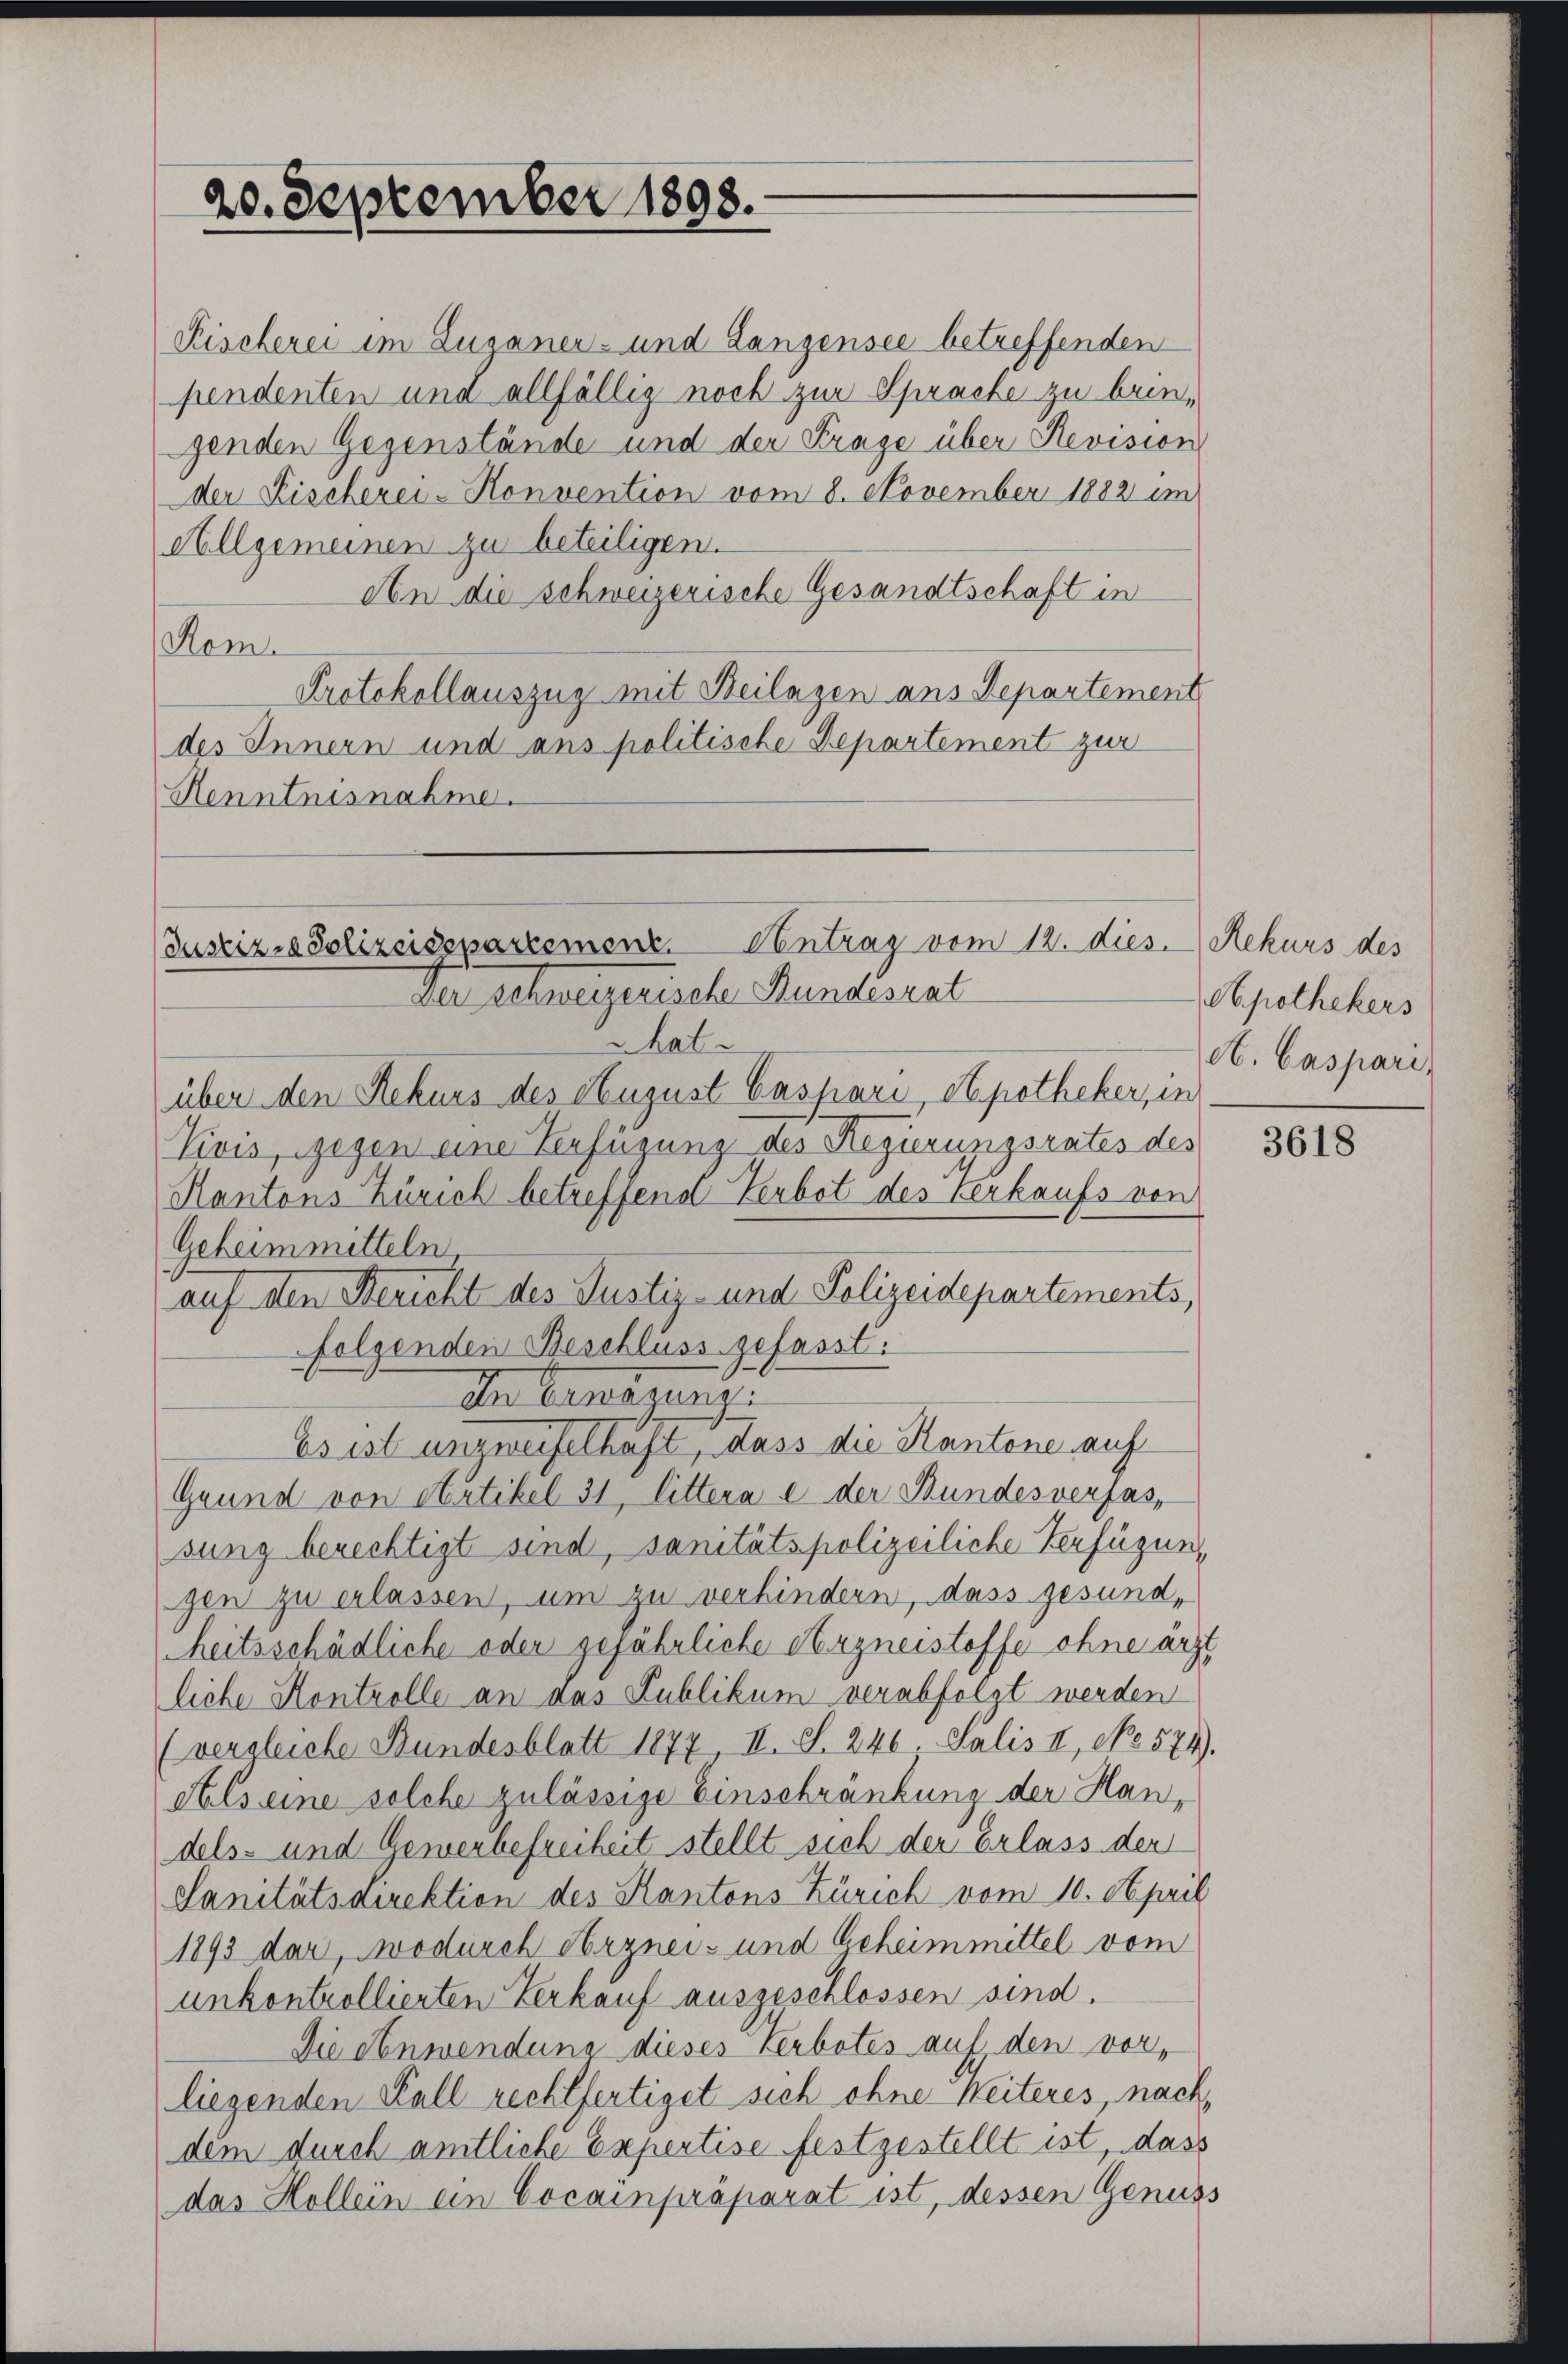
20. September 1898.

Kischerei im Zuganer- und Lanzensee betreffenden
pendenten und allfällig noch zur Sprache zu bringenden Gegenstände und der Frage über Revision
der Fischerei-Konvention vom 8. November 1882 im
Allgemeinen zu beteiligen.
An die schweizerische Gesandtschaft in
Rom.
Protokollauszug mit Beilagen ans Departement
des Innern und aus politische Departement zur
Kenntnisnahme.

Antrag vom 12. dies. Rekurs des
Justiz-Polizeidepartement
Der Schweizerische Bundesrat
hat.

über den Rekurs des August Caspari, Apotheker, in
Vivis, gegen eine Verfügung des Regierungsrates des
Kantons Zürich betreffend Verbot des Verkaufs von
Geheimmitteln.
auf den Bericht des Justiz- und Polizeidepartements,
folgenden Beschluss gefasst:
In Ernazung:
Es ist unzweifelhaft, dass die Kantone auf
Grund von Artikel 31, littera e der Bundesverfassung berechtigt sind, sanitätspolizeiliche Verfügung
gen zu erlassen, um zu verhindern, dass gesund,
heitsschädliche oder gejährliche Arzneisteffe ohne ärzt
liche Kontrolle an das Publikum verabfolgt werden
(vergleiche Bundesblatt 1877 II. S. 246. Salis II, No. 574).
Als eine solche zulässige Einschränkung der Handels- und Gewerbefreiheit stellt sich der Erlass der
Sanitätsdirektion des Kantons Zürich vom 10. April
1893 dar, wodurch Arznei- und Geheimmittel vom
unkontrollierten Verkauf ausgeschlossen sind.
Die einwendung dieses Verbotes auf den vor,
liegenden Kall rechtfertiget sich ohne Weiteres, nach,
dem durch amtliche Expertise festgestellt ist, dass
das Hollein ein Cocainpräparat ist, dessen Genuss

Apothekers
A. Caspari

3618